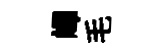
嶧毛